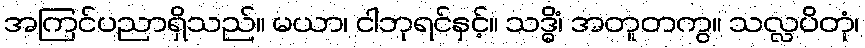
အကြင်ပညာရှိသည်။ မယာ၊ ငါဘုရင်နှင့်။ သဒ္ဓိံ၊ အတူတကွ။ သလ္လပိတုံ၊